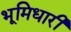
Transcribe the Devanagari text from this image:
भूमिधारी